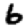
Digit: 6